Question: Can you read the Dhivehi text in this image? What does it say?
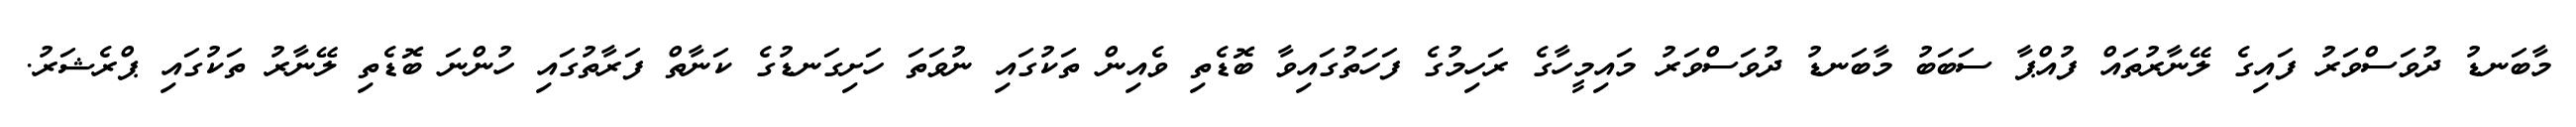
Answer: މާބަނޑު ދުވަސްވަރު ފައިގެ ލޭނާރުތައް ފުއްޕާ ސަބަބު މާބަނޑު ދުވަސްވަރު މައިމީހާގެ ރަހިމުގެ ފަހަތުގައިވާ ބޮޑެތި ވެއިން ތަކުގައި ނުވަތަ ހަށިގަނޑުގެ ކަނާތް ފަރާތުގައި ހުންނަ ބޮޑެތި ލޭނާރު ތަކުގައި ޕްރެޝަރު.